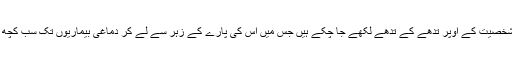
نیوٹن کی منفرد شخصیت کے اوپر تدھے کے تدھے لکھے جا چکے ہیں جس میں اس کی پارے کے زہر سے لے کر دماغی بیماریوں تک سب کچھ ہی تو شامل ہے۔